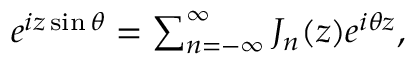
\begin{array} { r } { e ^ { i z \sin { \theta } } = \sum _ { n = - \infty } ^ { \infty } J _ { n } ( z ) e ^ { i \theta z } , } \end{array}